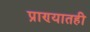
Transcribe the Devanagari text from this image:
प्राण्यातही